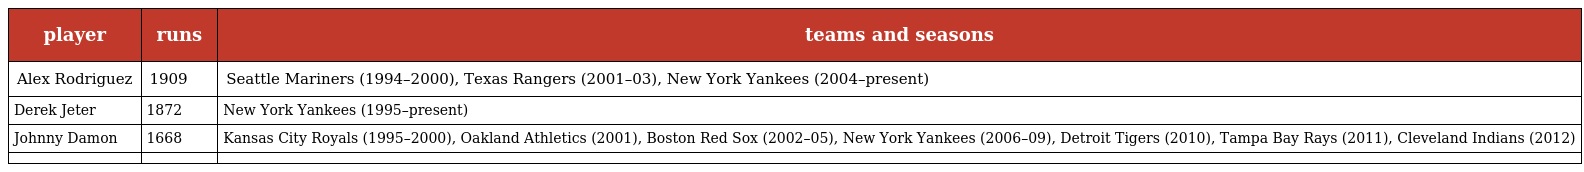
| player | runs | teams and seasons |
 | --- | --- | --- |
 | Alex Rodriguez | 1909 | Seattle Mariners (1994–2000), Texas Rangers (2001–03), New York Yankees (2004–present) |
 | Derek Jeter | 1872 | New York Yankees (1995–present) |
 | Johnny Damon | 1668 | Kansas City Royals (1995–2000), Oakland Athletics (2001), Boston Red Sox (2002–05), New York Yankees (2006–09), Detroit Tigers (2010), Tampa Bay Rays (2011), Cleveland Indians (2012) |
 |  |  |  |